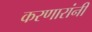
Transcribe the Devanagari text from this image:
करणारांनी